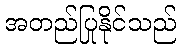
အတည်ပြုနိုင်သည်